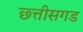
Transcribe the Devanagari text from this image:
छ्त्तीसगड